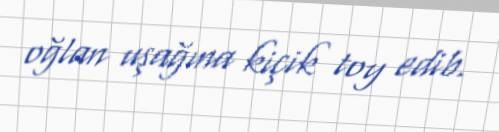
oğlan uşağına kiçik toy edib.